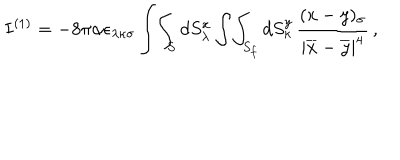
I ^ { ( 1 ) } = - 8 \pi \alpha \epsilon _ { \lambda \kappa \sigma } \int \! \int _ { S } d S _ { \lambda } ^ { x } \int \! \int _ { S _ { f } } d S _ { \kappa } ^ { y } \, \frac { ( x - y ) _ { \sigma } } { | \overline { { { x } } } - \overline { { { y } } } | ^ { 4 } } \, ,